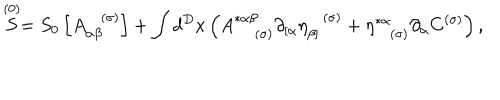
\stackrel { ( 0 ) } { S } = S _ { 0 } \left[ A _ { \alpha \beta } ^ { ( \sigma ) } \right] + \int d ^ { D } x \left( A _ { \; ( \sigma ) } ^ { * \alpha \beta } \partial _ { \left[ \alpha \right. } \eta _ { \left. \beta \right] } ^ { ( \sigma ) } + \eta _ { ( \sigma ) } ^ { * \alpha } \partial _ { \alpha } C ^ { ( \sigma ) } \right) ,